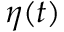
\eta ( t )